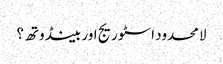
لامحدود اسٹوریج اور بینڈوتھ؟